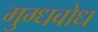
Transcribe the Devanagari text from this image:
मुग्धवोध